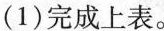
(1)完成上表。